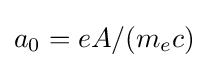
{a_{0}=eA/(m_{e}c)}